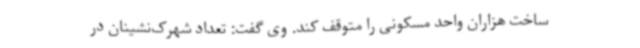
ساخت هزاران واحد مسکونی را متوقف کند. وی گفت: تعداد شهرک‌نشینان در